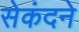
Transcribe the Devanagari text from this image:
सेकंदने